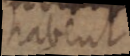
habent